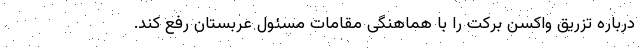
درباره تزریق واکسن برکت را با هماهنگی مقامات مسئول عربستان رفع کند.